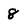
Character: 8